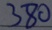
3 8 0